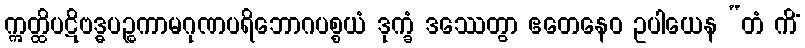
ဣတ္ထိပဋိဗဒ္ဓပဉ္စကာမဂုဏပရိဘောဂပစ္စယံ ဒုက္ခံ ဒဿေတွာ ဧတေနေဝ ဥပါယေန “တံ ကိံ